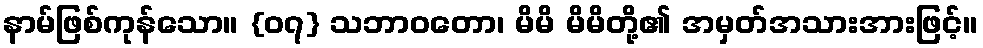
နာမ်ဖြစ်ကုန်သော။ {၀၇} သဘာဝတော၊ မိမိ မိမိတို့၏ အမှတ်အသားအားဖြင့်။